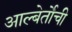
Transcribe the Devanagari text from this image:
आल्बेर्तोची